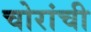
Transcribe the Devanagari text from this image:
चोरांची